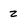
Character: z